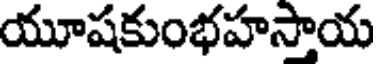
యూషకుంభహసాయ